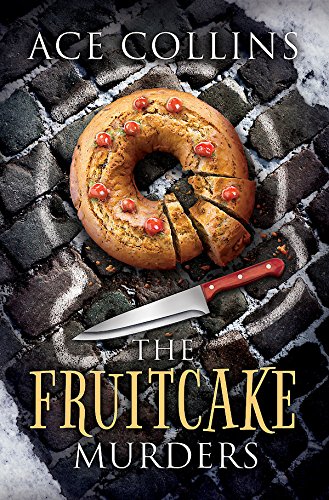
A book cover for The Fruitcake Murders; Ace Collins; Christian Books & Bibles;